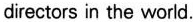
directors in the world.